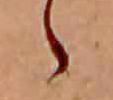
ゝ